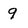
Character: 9